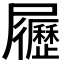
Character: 𡳸